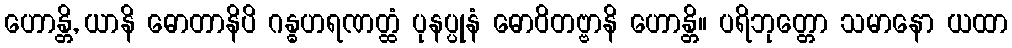
ဟောန္တိ, ယာနိ ဓောတာနိပိ ဂန္ဓဟရဏတ္ထံ ပုနပ္ပုနံ ဓောဝိတဗ္ဗာနိ ဟောန္တိ။ ပရိဘုတ္တော သမာနော ယထာ